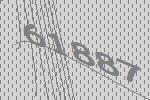
61887